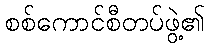
စစ်ကောင်စီတပ်ဖွဲ့၏